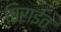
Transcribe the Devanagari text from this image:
चिराईत